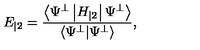
E _ { | 2 } = \frac { \left\langle \Psi ^ { \perp } \left| H _ { | 2 } \right| \Psi ^ { \perp } \right\rangle } { \left\langle \Psi ^ { \perp } | \Psi ^ { \perp } \right\rangle } ,